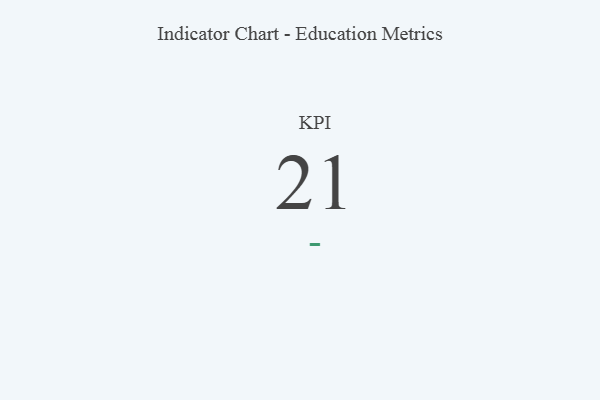
{"axis": {"x": "KPI", "y": "Value"}, "legend": [""], "data": [{"x": "KPI", "y": 21, "type": ""}]}